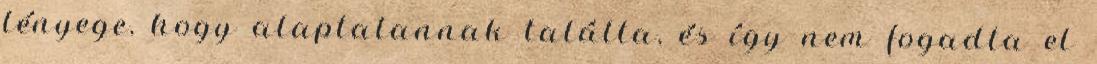
lényege, hogy alaptalannak találta, és így nem fogadta el